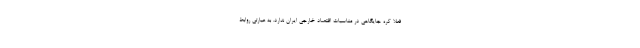
فعلاً کره جایگاهی در مناسبات اقتصاد خارجی ایران ندارد. به عبارتی روابط